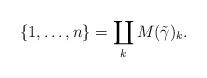
LaTeX: \begin{align*}\{1,\dots, n\}=\coprod _k M(\tilde \gamma)_k.\end{align*}